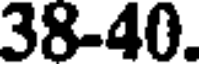
38-40.